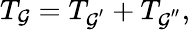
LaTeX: T_{{\cal G}}=T_{{\cal G}^{^{\prime}}}+T_{{\cal G}^{^{\prime\prime}}},